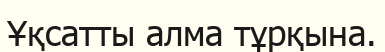
Ұқсатты алма тұрқына.